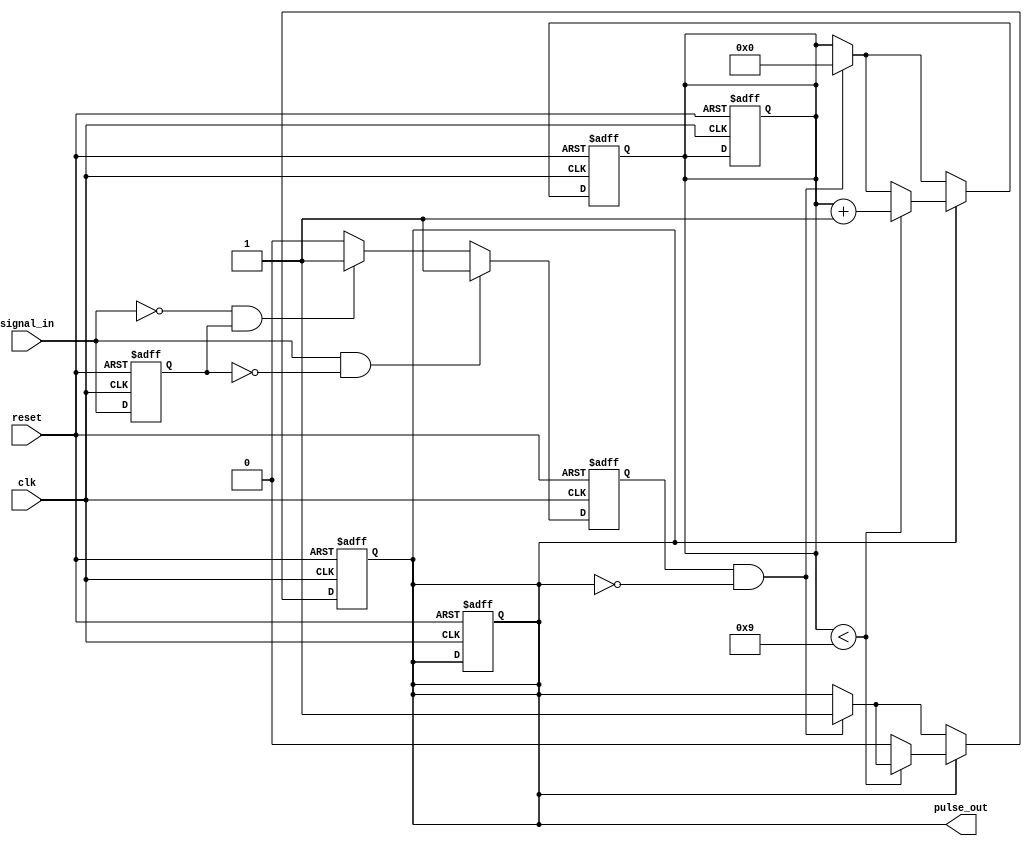
module edge_detector #(
    parameter PULSE_WIDTH = 10  // Pulse width in clock cycles
) (
    input wire clk,              // System clock
    input wire reset,            // Asynchronous active-high reset
    input wire signal_in,        // Input signal to detect edges
    output reg pulse_out         // Output pulse signal
);

    reg signal_in_reg;           // Register to latch the input signal
    reg edge_detected;           // Register for edge detection
    reg [3:0] counter;           // Pulse width counter (adjust width as needed)

    // Edge Detection Logic: Detect rising edge
    always @(posedge clk or posedge reset) begin
        if (reset) begin
            signal_in_reg <= 1'b0;
            pulse_out <= 1'b0;
            edge_detected <= 1'b0;
            counter <= 0;
        end else begin
            signal_in_reg <= signal_in; // Latch the current input signal
            
            // Rising edge detection
            if (signal_in && !signal_in_reg) begin
                edge_detected <= 1'b1; // Rising edge detected
            end else if (!signal_in && signal_in_reg) begin
                edge_detected <= 1'b1; // Falling edge detected
            end else begin
                edge_detected <= 1'b0; // No edge detected
            end
        end
    end

    // Pulse Generation Logic
    always @(posedge clk or posedge reset) begin
        if (reset) begin
            pulse_out <= 1'b0;
            counter <= 0;
        end else begin
            if (edge_detected && !pulse_out) begin
                pulse_out <= 1'b1; // Activate pulse output
                counter <= 0;      // Reset counter
            end
            
            // Control pulse duration
            if (pulse_out) begin
                if (counter < PULSE_WIDTH - 1) begin
                    counter <= counter + 1; // Increment counter
                end else begin
                    pulse_out <= 1'b0; // Deactivate pulse output
                end
            end
        end
    end
endmodule